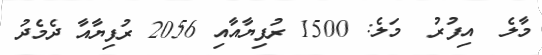
މާލެ  އިފުރު  މަލެ: 1500 ރުފިޔާއާއި 2056 ރުފިޔާއާ ދެމެދު